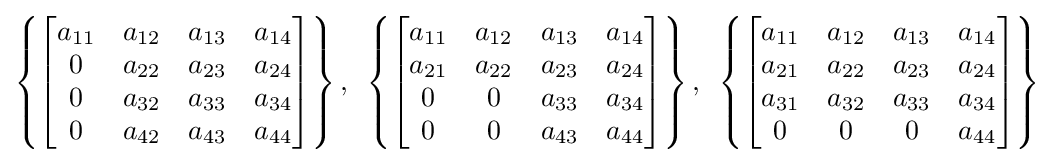
\left\{{\begin{bmatrix}a_{11}&a_{12}&a_{13}&a_{14}\\0&a_{22}&a_{23}&a_{24}\\0&a_{32}&a_{33}&a_{34}\\0&a_{42}&a_{43}&a_{44}\end{bmatrix}}\right\},{\text{ }}\left\{{\begin{bmatrix}a_{11}&a_{12}&a_{13}&a_{14}\\a_{21}&a_{22}&a_{23}&a_{24}\\0&0&a_{33}&a_{34}\\0&0&a_{43}&a_{44}\end{bmatrix}}\right\},{\text{ }}\left\{{\begin{bmatrix}a_{11}&a_{12}&a_{13}&a_{14}\\a_{21}&a_{22}&a_{23}&a_{24}\\a_{31}&a_{32}&a_{33}&a_{34}\\0&0&0&a_{44}\end{bmatrix}}\right\}